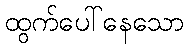
ထွက်ပေါ်နေသော